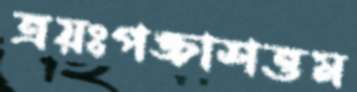
ত্রয়ঃপঙ্চাশত্তম